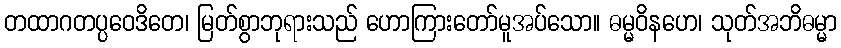
တထာဂတပ္ပဝေဒိတေ၊ မြတ်စွာဘုရားသည် ဟောကြားတော်မူအပ်သော။ ဓမ္မဝိနဟေ၊ သုတ်အဘိဓမ္မာ